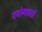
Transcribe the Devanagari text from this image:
पयोगकर्ता